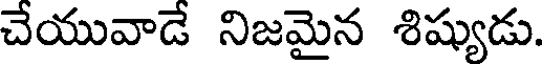
చేయువాడే నిజమైన శిష్యుడు.